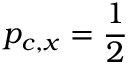
p _ { c , x } = \frac { 1 } { 2 }